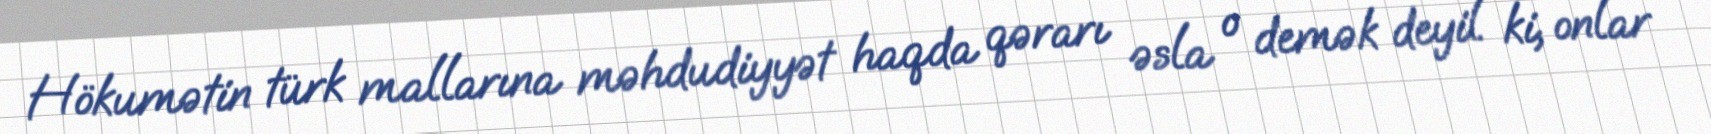
Hökumətin türk mallarına məhdudiyyət haqda qərarı əsla o demək deyil ki, onlar